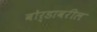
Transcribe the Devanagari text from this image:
बोर्डावरील